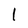
Character: l